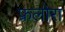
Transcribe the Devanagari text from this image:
फ्रलोरा